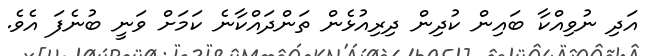
އަދި ނުވިއްކާ ބައިން ކުދިން ދިރިއުޅެން ތަންދައްކާނެ ކަމަށް ވަނީ ބުނެފަ އެވެ.